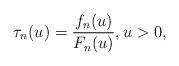
LaTeX: \begin{align*}\tau_n(u)=\frac{f_n(u)}{F_n(u)},u>0,\end{align*}